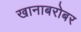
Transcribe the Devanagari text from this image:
खानाबरोबर